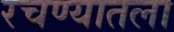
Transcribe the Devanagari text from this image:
रचण्यातला